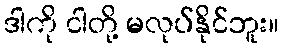
ဒါကို ငါတို့ မလုပ်နိုင်ဘူး။